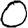
Digit: 0